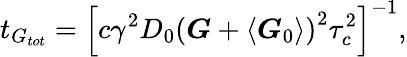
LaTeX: t_{G_{tot}}=\left[c\gamma^{2}D_{0}\left(\boldsymbol{G}+\left\langle\boldsymbol{G}_{0}\right\rangle\right)^{2}\tau_{c}^{2}\right]^{-1},